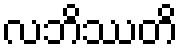
လဘိဿတိ